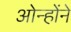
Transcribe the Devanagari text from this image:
ओन्होंने